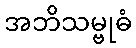
အဘိသမ္ဗုဓံ